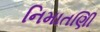
નિમાતણિી